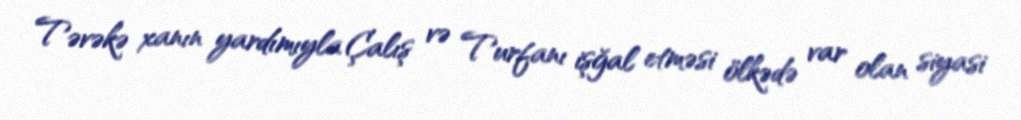
Təvəkə xanın yardımıyla Çalış və Turfanı işğal etməsi ölkədə var olan siyasi